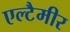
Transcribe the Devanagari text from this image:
एल्टैमीर